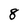
Character: 8